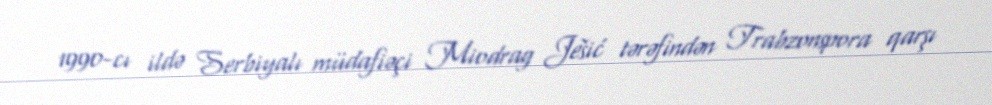
1990-cı ildə Serbiyalı müdafiəçi Miodrag Ješić tərəfindən Trabzonspora qarşı